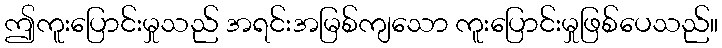
ဤကူးပြောင်းမှုသည် အရင်းအမြစ်ကျသော ကူးပြောင်းမှုဖြစ်ပေသည်။